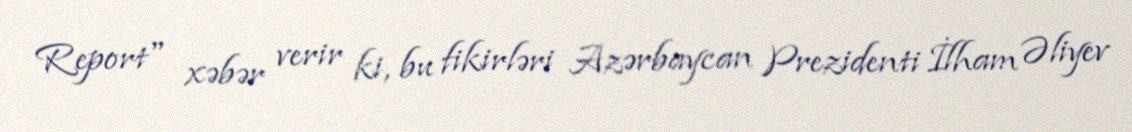
Report" xəbər verir ki, bu fikirləri Azərbaycan Prezidenti İlham Əliyev